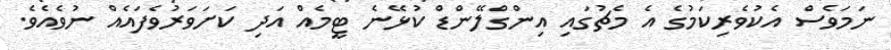
ނަމަވެސް އެކުވެރިކަމުގެ އެ މެޗުގައި އިންގްލޭންޑް ކުޅޭނެ ޓީމެއް އަދި ކަށަވަރުވެފައެއް ނުވެއެވެ.